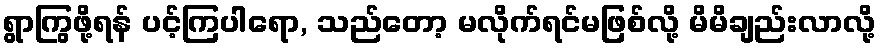
ရွာကြွဖို့ရန် ပင့်ကြပါရော, သည်တော့ မလိုက်ရင်မဖြစ်လို့ မိမိချည်းလာလို့